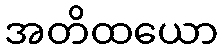
အတိထယော